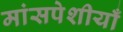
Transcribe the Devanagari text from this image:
मांसपेशीयाँ